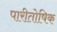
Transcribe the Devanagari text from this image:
पारीतोषिक